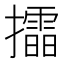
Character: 𢸲